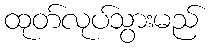
ထုတ်လုပ်သွားမည်